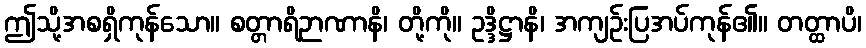
ဤသို့အစရှိကုန်သော။ စတ္တာရိဉာဏာနိ၊ တို့ကို။ ဥဒ္ဒိဋ္ဌာနိ၊ အကျဉ်းပြအပ်ကုန်၏။ တတ္ထာပိ၊